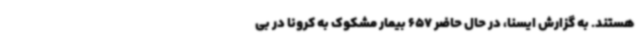
هستند. به گزارش ایسنا، در حال حاضر 657 بیمار مشکوک به کرونا در بی